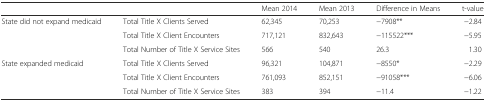
<table><thead><tr><td colspan="2">[EMPTY_CELL]</td><td><b>Mean 2014</b></td><td><b>Mean 2013</b></td><td><b>Difference in Means</b></td><td><b>t-value</b></td></tr></thead><tbody><tr><td rowspan="3">State did not expand medicaid</td><td>Total Title X Clients Served</td><td>62,345</td><td>70,253</td><td>−7908**</td><td>−2.84</td></tr><tr><td>Total Title X Client Encounters</td><td>717,121</td><td>832,643</td><td>−115522***</td><td>−5.95</td></tr><tr><td>Total Number of Title X Service Sites</td><td>566</td><td>540</td><td>26.3</td><td>1.30</td></tr><tr><td rowspan="3">State expanded medicaid</td><td>Total Title X Clients Served</td><td>96,321</td><td>104,871</td><td>−8550*</td><td>−2.29</td></tr><tr><td>Total Title X Client Encounters</td><td>761,093</td><td>852,151</td><td>−91058***</td><td>−6.06</td></tr><tr><td>Total Number of Title X Service Sites</td><td>383</td><td>394</td><td>−11.4</td><td>−1.22</td></tr></tbody></table>